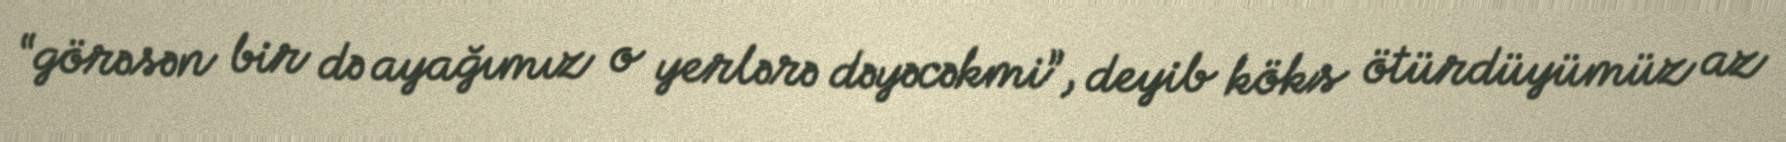
“görəsən bir də ayağımız o yerlərə dəyəcəkmi”, deyib köks ötürdüyümüz az